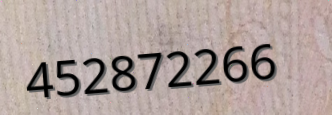
452872266